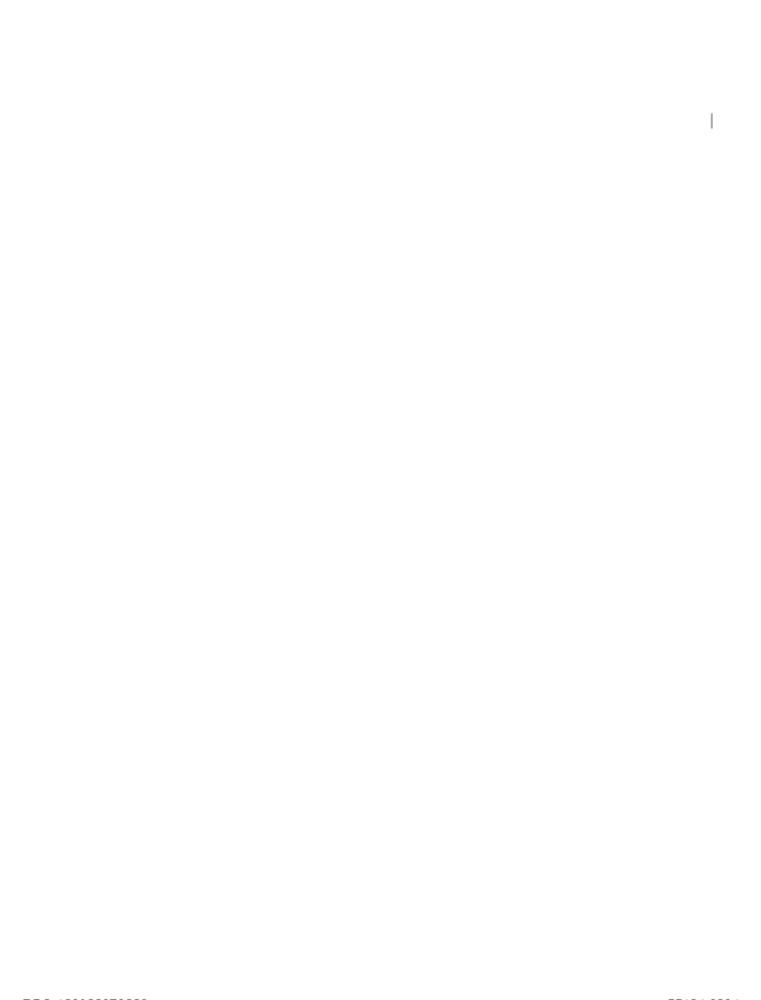
-